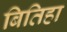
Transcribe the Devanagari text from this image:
बितिहा